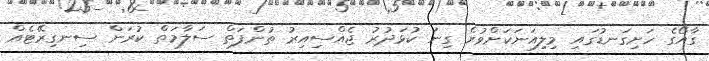
ގާއޯގެ ހަށިގަނޑުގައި މިލިއަނަކަށްވުރެ ގިނަ ކުޅަދުރު ޖެއްސިއިރު ތުންފަތް ސަލާމަތް ކުރަން ސިނގިރޭޓެއް